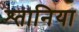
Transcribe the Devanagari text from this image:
श्तानिया